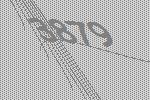
3879